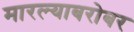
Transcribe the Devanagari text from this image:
मारल्याबरोबर